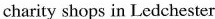
charity shops in Ledchester